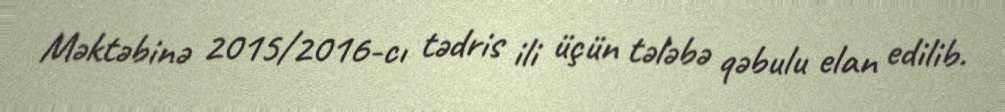
Məktəbinə 2015/2016-cı tədris ili üçün tələbə qəbulu elan edilib.